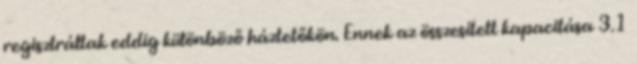
regisztráltak eddig különböző háztetőkön. Ennek az összesített kapacitása 3.1